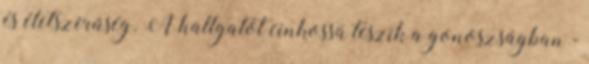
és életszerűség. A hallgatót cinkossá teszik a gonoszságban -